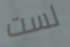
لست